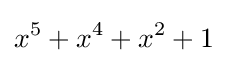
x^{5}+x^{4}+x^{2}+1